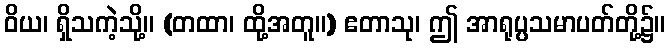
ဝိယ၊ ရှိသကဲ့သို့။ (တထာ၊ ထို့အတူ။) ဧတာသု၊ ဤ အာရုပ္ပသမာပတ်တို့၌။